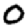
Digit: 0